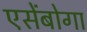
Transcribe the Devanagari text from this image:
एसेंबोगा